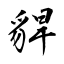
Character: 貋